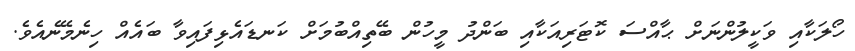
ހޯލަކާއި ވަކީލުންނަށް ޙާއްސަ ކޮޓަރިއަކާއި ބަންދު މީހުން ބޭތިއްބުމަށް ކަނޑައެޅިފައިވާ ބައެއް ހިނެމޭނެއެވެ.